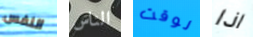
النفس الناس لوقت اذا